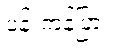
ပန်းကန်ပြား